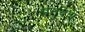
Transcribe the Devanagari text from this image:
मनुवर्णे